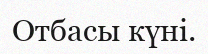
Отбасы күні.